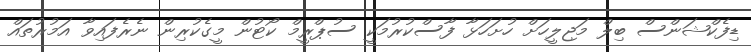
ޑިފެކްޝަންސް ބިލް މަޖިލީހަށް ހުށަހަޅާ ފާސްކުރުމަކީ ސުޕްރީމް ކޯޓުން މީގެކުރިން ނެރެފައިވާ އަމުރުތައް